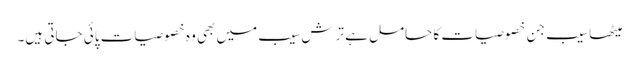
میٹھا سیب جن خصوصیات کا حامل ہے ترش سیب میں بھی وہ خصوصیات پائی جاتی ہیں۔